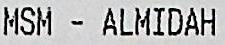
MSM - ALMIDAH